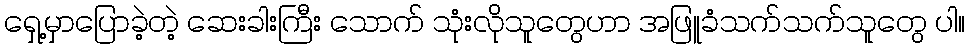
ရှေ့မှာပြောခဲ့တဲ့ ဆေးခါးကြီး သောက် သုံးလိုသူတွေဟာ အဖြူခံသက်သက်သူတွေ ပါ။